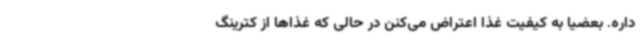
داره. بعضیا به کیفیت غذا اعتراض می‌کنن در حالی که غذاها از کترینگ